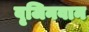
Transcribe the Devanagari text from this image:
वृजिनवान